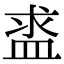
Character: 盚